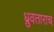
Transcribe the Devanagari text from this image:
ध्रुवताराच